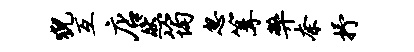
猊互店然筠忽篝弊奈抒